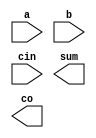
`timescale 1ns / 1ps
//////////////////////////////////////////////////////////////////////////////////
// Company: 
// Engineer: 
// 
// Design Name: 
// Module Name: my_fa
// Project Name: 
// Target Devices: 
// Tool Versions: 
// Description: 
// 
// Dependencies: 
// 
// Revision:
// Revision 0.01 - File Created
// Additional Comments:
// 
//////////////////////////////////////////////////////////////////////////////////


module my_fa(
    input a,
    input b,
    input cin,
    output sum,
    output co
    );
endmodule